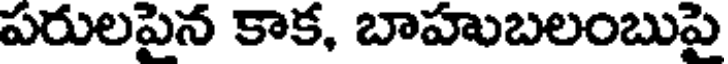
పరులపైన కాక, బాహుబలంబుపై